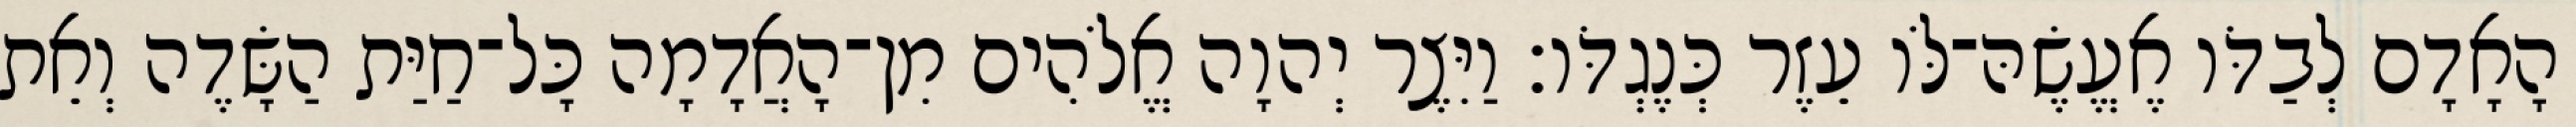
הָאָדָם לְבַדֹּו אֶעֱשֶׂהּ־לֹּו עֵזֶר כְּנֶגְדֹּו׃ וַיִּצֶר יְהוָה אֱלֹהִים מִן־הָאֲדָמָה כָּל־חַיַּת הַשָּׂדֶה וְאֵת